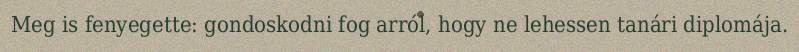
Meg is fenyegette: gondoskodni fog arról, hogy ne lehessen tanári diplomája.